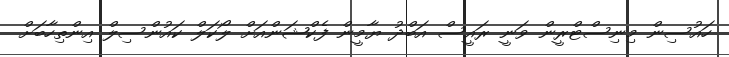
ހައުސިން މިނިސްޓްރީން ވަނީ ރައީސް އަބްދު ޔާމީން ފެކްޝަންއަށް ލޯކަލް ކައުންސިލް އިންތިހާބަށް